画像に写った文字を読んでください
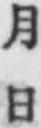
「月日」と書いてあります